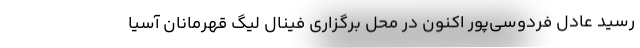
رسید عادل فردوسی‌پور اکنون در محل برگزاری فینال لیگ قهرمانان آسیا